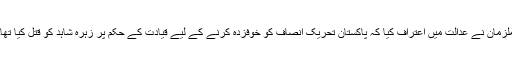
ملزمان نے عدالت میں اعتراف کیا کہ پاکستان تحریک انصاف کو خوفزدہ کرنے کے لیے قیادت کے حکم پر زہرہ شاہد کو قتل کیا تھا۔